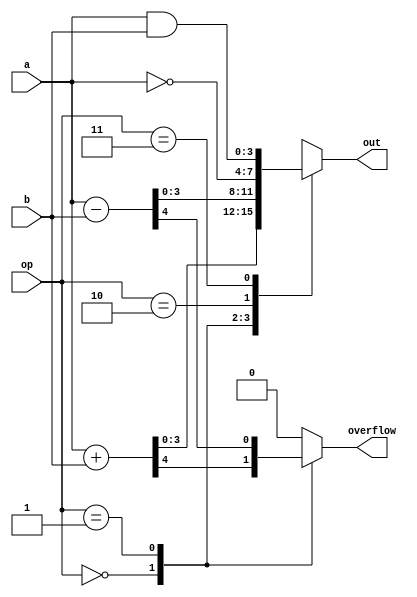
`timescale 1ns/1ns

module alu 
	(
		input [3:0] a,
		input [3:0] b,
		input [1:0] op,

		output reg [3:0] out,
		output reg overflow
	);

	always @* begin
		// Set overflow to default to 0
		// This removes any extra latches and keeps it combinational
		overflow <= 0;
		
		case(op)
			2'b00: {overflow, out} <= a + b; // Add
			2'b01: {overflow, out} <= a - b; // Subtract
			2'b10: out <= ~a; // Not
			2'b11: out <= a & b; // And
			default: out <= a + b;
		endcase
	end

endmodule